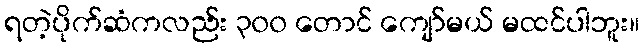
ရတဲ့ပိုက်ဆံကလည်း ၃၀၀ တောင် ကျော်မယ် မထင်ပါဘူး။